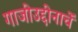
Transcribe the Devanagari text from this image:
गाजीउद्दीनाचें